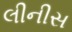
લીનીસ